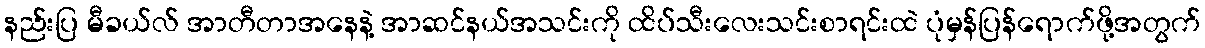
နည်းပြ မီခယ်လ် အာတီတာအနေနဲ့ အာဆင်နယ်အသင်းကို ထိပ်သီးလေးသင်းစာရင်းထဲ ပုံမှန်ပြန်ရောက်ဖို့အတွက်